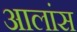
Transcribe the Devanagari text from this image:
आलांस